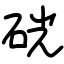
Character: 硄